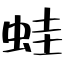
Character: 蛙